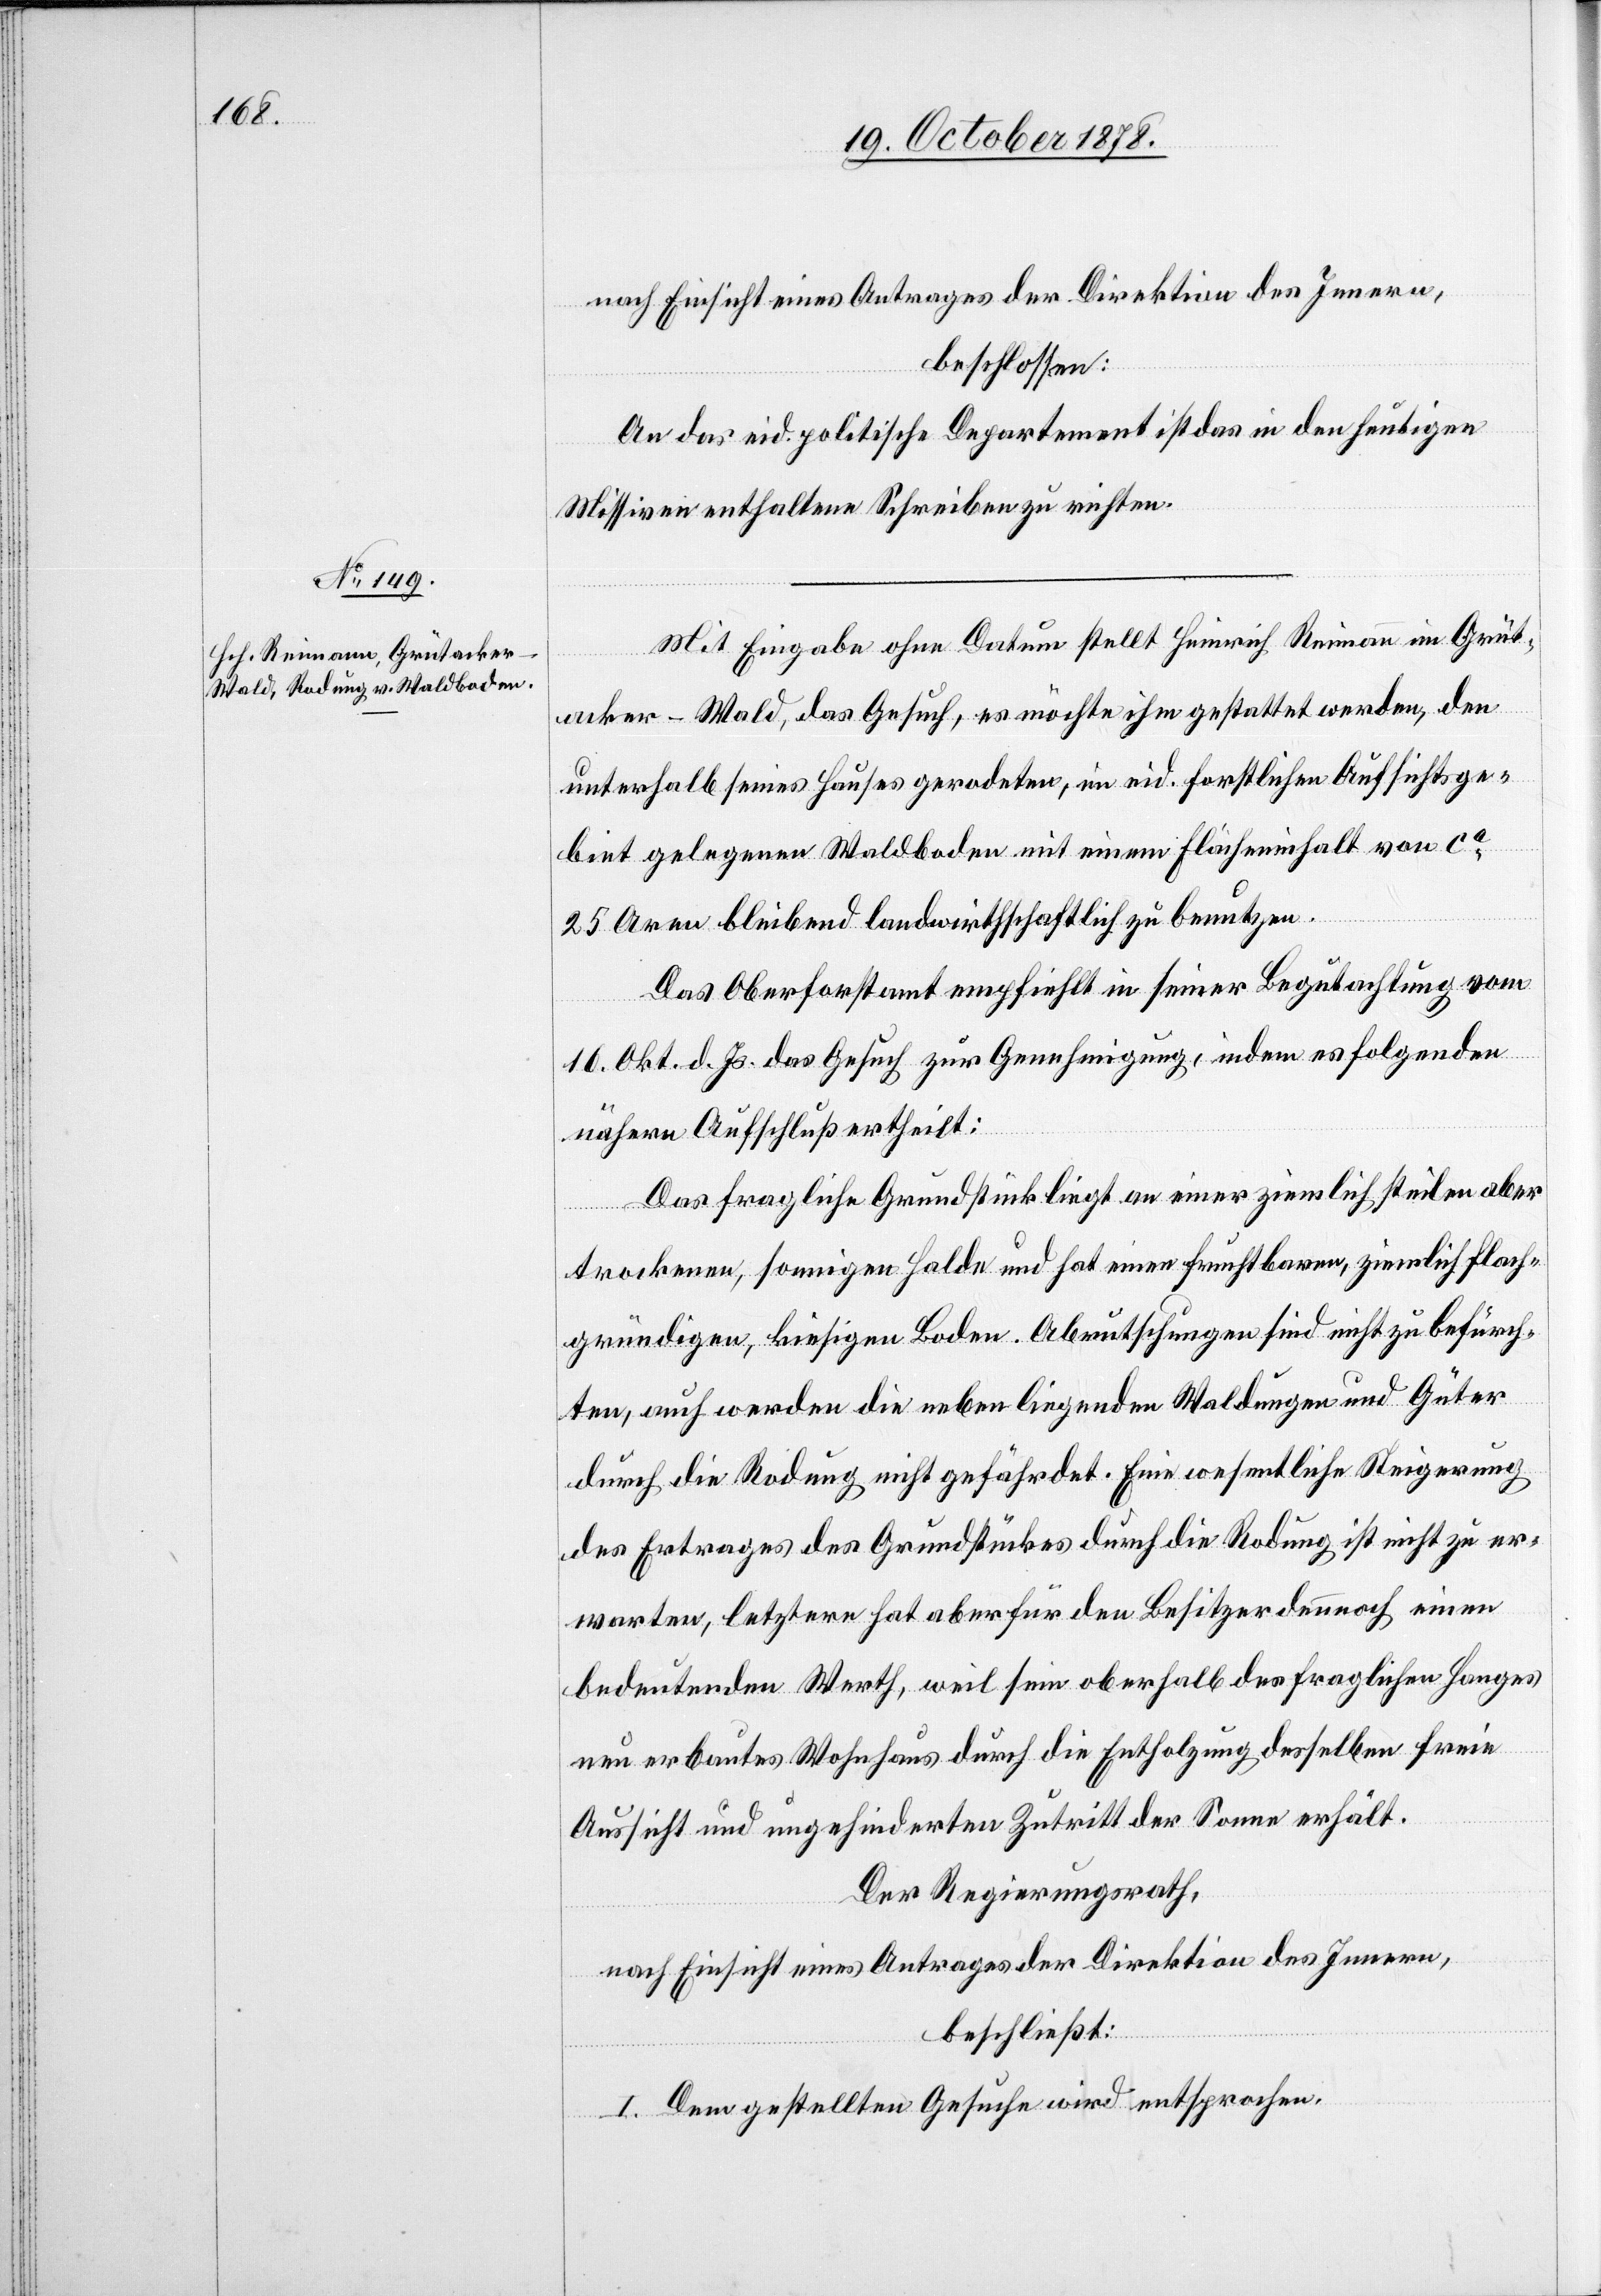
nach Einsicht eines Antrages der Direktion des Innern,
beschlossen:
An das eid. politische Departement ist das in den heutigen
Missiven enthaltene Schreiben zu richten.
Mit Eingabe ohne Datum stellt Heinrich Reimann im Grüt¬
acker - Wald, das Gesuch, es möchte ihm gestattet werden, den
unterhalb seines Hauses gerodeten, im eid. forstlichen Aufsichtsge¬
biet gelegenen Waldboden mit einem Flächeninhalt von ca
25 Aren bleibend landwirthschaftlich zu benutzen.
Das Oberforstamt empfiehlt in seiner Begutachtung vom
16. Okt. d. Js. das Gesuch zur Genehmigung, indem es folgenden
nähern Aufschluß ertheilt:
Das fragliche Grundstück liegt an einer ziemlich steilen aber
trockenen, sonnigen Halde und hat einer fruchtbaren, ziemlich flach¬
gründigen, kiesigen Boden. Abrutschungen sind nicht zu befürch¬
ten, auch werden die nebenliegenden Waldungen und Güter
durch die Rodung nicht gefährdet. Eine wesentliche Steigerung
des Ertrages des Grundstückes durch die Rodung ist nicht zu er¬
warten, letztere hat aber für den Besitzer dennoch einen
bedeutenden Werth, weil sein oberhalb des fraglichen Hanges
neu erbautes Wohnhaus durch die Entholzung desselben freie
Aussicht und ungehinderten Zutritt der Sonne erhält.
Der Regierungsrath,
nach Einsicht eines Antrages der Direktion des Innern,
beschließt:
I. Dem gestellten Gesuche wird entsprochen.